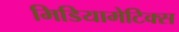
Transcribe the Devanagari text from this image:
मिडियामेटिक्स